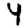
Digit: 4